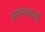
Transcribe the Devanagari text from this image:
आमंत्रणांची